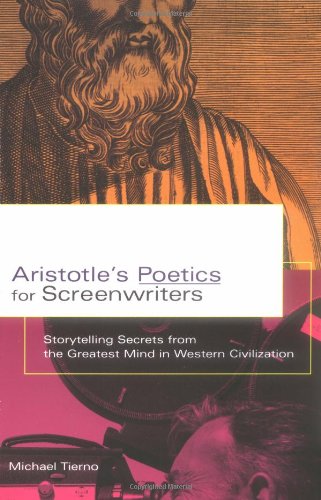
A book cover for Aristotle's Poetics for Screenwriters: Storytelling Secrets From the Greatest Mind in Western Civilization; Michael Tierno; Humor & Entertainment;